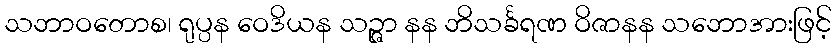
သဘာဝတောစ၊ ရုပ္ပန ဝေဒိယန သဉ္ဇာ နန ဘိသင်္ခရဏ ဝိဇာနန သဘောအားဖြင့်